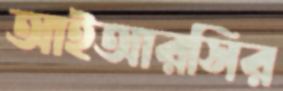
আইআরসির